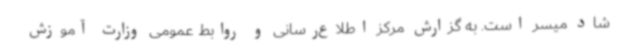
شاد میسر است. به گزارش مرکز اطلاع‌رسانی و روابط عمومی وزارت آموزش